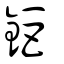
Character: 鉅